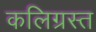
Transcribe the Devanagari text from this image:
कलिग्रस्त